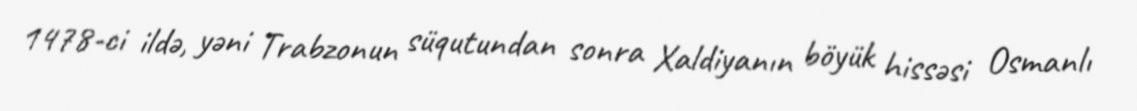
1478-ci ildə, yəni Trabzonun süqutundan sonra Xaldiyanın böyük hissəsi Osmanlı